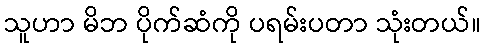
သူဟာ မိဘ ပိုက်ဆံကို ပရမ်းပတာ သုံးတယ်။